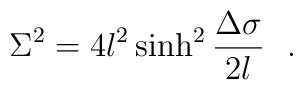
\Sigma^2=4l^2\sinh^2{\Delta \sigma \over 2l}~~.